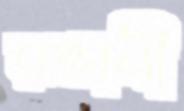
রপ্তানী